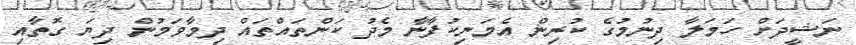
ނަޝީދަށް ހަމަލާ ދިނުމުގެ ކުރިން އެމަނިކުފާނާ މެދު ކަންތައްތައް ދިމާވަމުން ދިޔަ ގޮތާއި